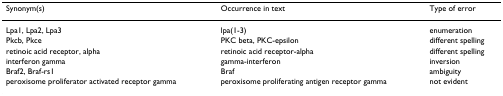
| Synonym(s) | Occurrence in text | Type of error |
 | --- | --- | --- |
 | Lpa1, Lpa2, Lpa3 | lpa(1-3) | enumeration |
 | Pkcb, Pkce | PKC beta, PKC-epsilon | different spelling |
 | retinoic acid receptor, alpha | retinoic acid receptor-alpha | different spelling |
 | interferon gamma | gamma-interferon | inversion |
 | Braf2, Braf-rs1 | Braf | ambiguity |
 | peroxisome proliferator activated receptor gamma | peroxisome proliferating antigen receptor gamma | not evident |